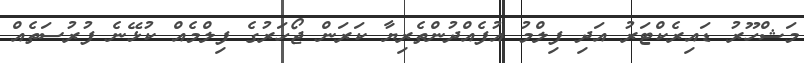
މަޝްހޫރު ޑައިރެކްޓަރު އަދި ފިލްމު އުފެއްދުންތެރިޔާ ކަރަން ޖޯހަރުގެ ފިލްމެއް ކުޅޭނެ ފުރުސަތެއް